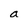
Character: a